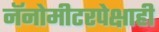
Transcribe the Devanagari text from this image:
नॅनोमीटरपेक्षाही